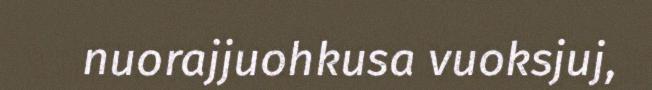
nuorajjuohkusa vuoksjuj,